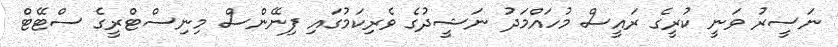
ނަސީރު ވަނީ ކުރީގެ ރައީސް މުހައްމަދު ނަޝީދުގެ ވެރިކަމުގައި ފިނޭންސް މިނިސްޓްރީގެ ސްޓޭޓް